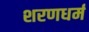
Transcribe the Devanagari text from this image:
शरणधर्म